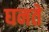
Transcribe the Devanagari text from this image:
घनते